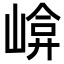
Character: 𡹮